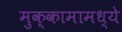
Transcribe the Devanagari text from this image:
मुक्कामामध्ये